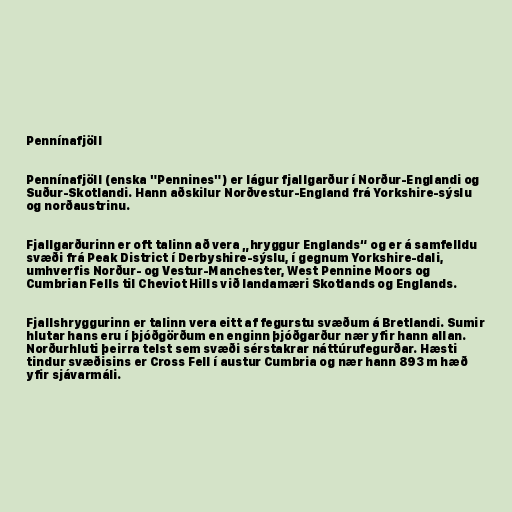
Pennínafjöll

Pennínafjöll (enska "Pennines") er lágur fjallgarður í Norður-Englandi og
Suður-Skotlandi. Hann aðskilur Norðvestur-England frá Yorkshire-sýslu
og norðaustrinu.

Fjallgarðurinn er oft talinn að vera „hryggur Englands“ og er á samfelldu
svæði frá Peak District í Derbyshire-sýslu, í gegnum Yorkshire-dali,
umhverfis Norður- og Vestur-Manchester, West Pennine Moors og
Cumbrian Fells til Cheviot Hills við landamæri Skotlands og Englands.

Fjallshryggurinn er talinn vera eitt af fegurstu svæðum á Bretlandi. Sumir
hlutar hans eru í þjóðgörðum en enginn þjóðgarður nær yfir hann allan.
Norðurhluti þeirra telst sem svæði sérstakrar náttúrufegurðar. Hæsti
tindur svæðisins er Cross Fell í austur Cumbria og nær hann 893 m hæð
yfir sjávarmáli.